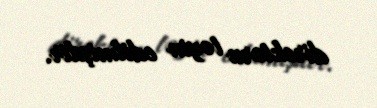
direktoru təyin edilmişdir.